Civil Veterinary Dept. North-West Frontier Province 1923-32 - 1923-1932
Year: 1923
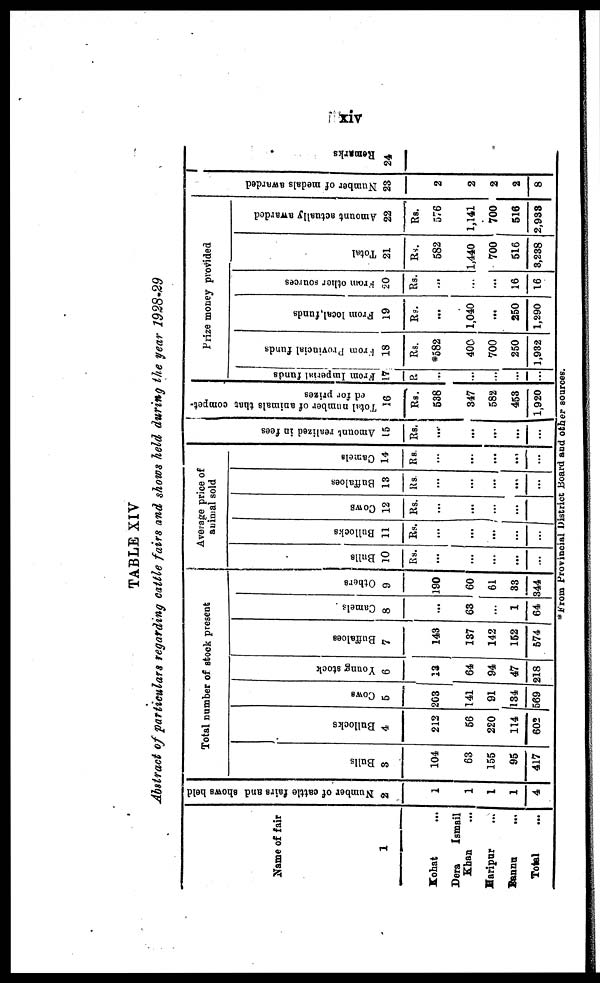
xiv
TABLE XIV
Abstract of particulars regarding cattle fairs and shows held during the year 1928-29
Name of fair
1
Kohat …
Dera
Ismail
Khan …
Haripur …
Bannu …
Total …
Number of cattle fairs and shows held
2
1
1
1
1
4
Total number of stock present
Bulls
3
104
63
155
95
417
Bullocks
4
212
56
220
114
602
COWS
5
263
141
91
134
569
Young stock
6
13
64
94
47
218
Buffaloes
7
143
137
142
162
574
Camels
8
...
63
...
1
64
Others
9
190
60
61
33
344
Average price of
animal sold
Bulls
10
Rs.
...
...
...
...
...
Bullocks
11
Rs.
...
...
...
…
...
Cows
12
Rs.
...
...
…
...
…
Buffaloes
13
Rs
...
...
...
...
...
Camels
14
Rs
…
...
...
...
...
Amount realized in fees
15
Rs.
...
...
...
...
...
Total number of animals that compet-
ed for prises
16
Rs.
538
347
582
453
1,920
Prize money provided
From Imperial funds
17
Rs.
...
...
...
...
...
From
Provincial funds
18
Rs.
*582
400
700
250
1,932
From local, funds
19
Rs.
...
1,040
...
250
1,290
From
other sources
20
Rs.
...
…
...
16
16
Total
21
Rs.
582
1,440
700
516
3,238
Amount actually awarded
22
Rs.
576
1,141
700
516
2,938
Number of medals awarded
23
2
2
2
2
8
Re ma r
ks
24
*From Provincial District Board and other sources.